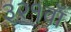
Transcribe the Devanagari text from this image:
३२१वॉ